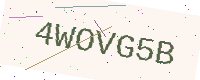
Text: 4WOVG5B